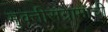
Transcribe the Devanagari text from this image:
मुक्तीसंग्रामाची